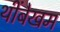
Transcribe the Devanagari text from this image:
थींबेखम